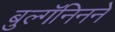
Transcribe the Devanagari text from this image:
बुल्गॅनिनने